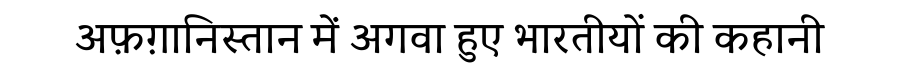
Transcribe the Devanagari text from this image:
अफ़ग़ानिस्तान में अगवा हुए भारतीयों की कहानी